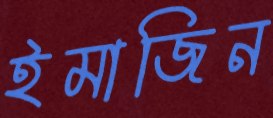
ইমাজিন